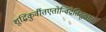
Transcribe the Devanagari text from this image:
शुद्धिंकुर्वीतएतोन्विंद्रेतिसूक्ततः